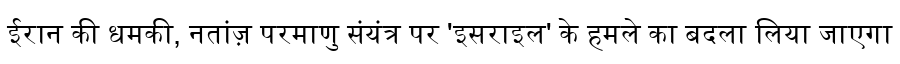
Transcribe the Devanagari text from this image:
ईरान की धमकी, नतांज़ परमाणु संयंत्र पर 'इसराइल' के हमले का बदला लिया जाएगा